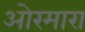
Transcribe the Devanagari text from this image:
ओरमारा